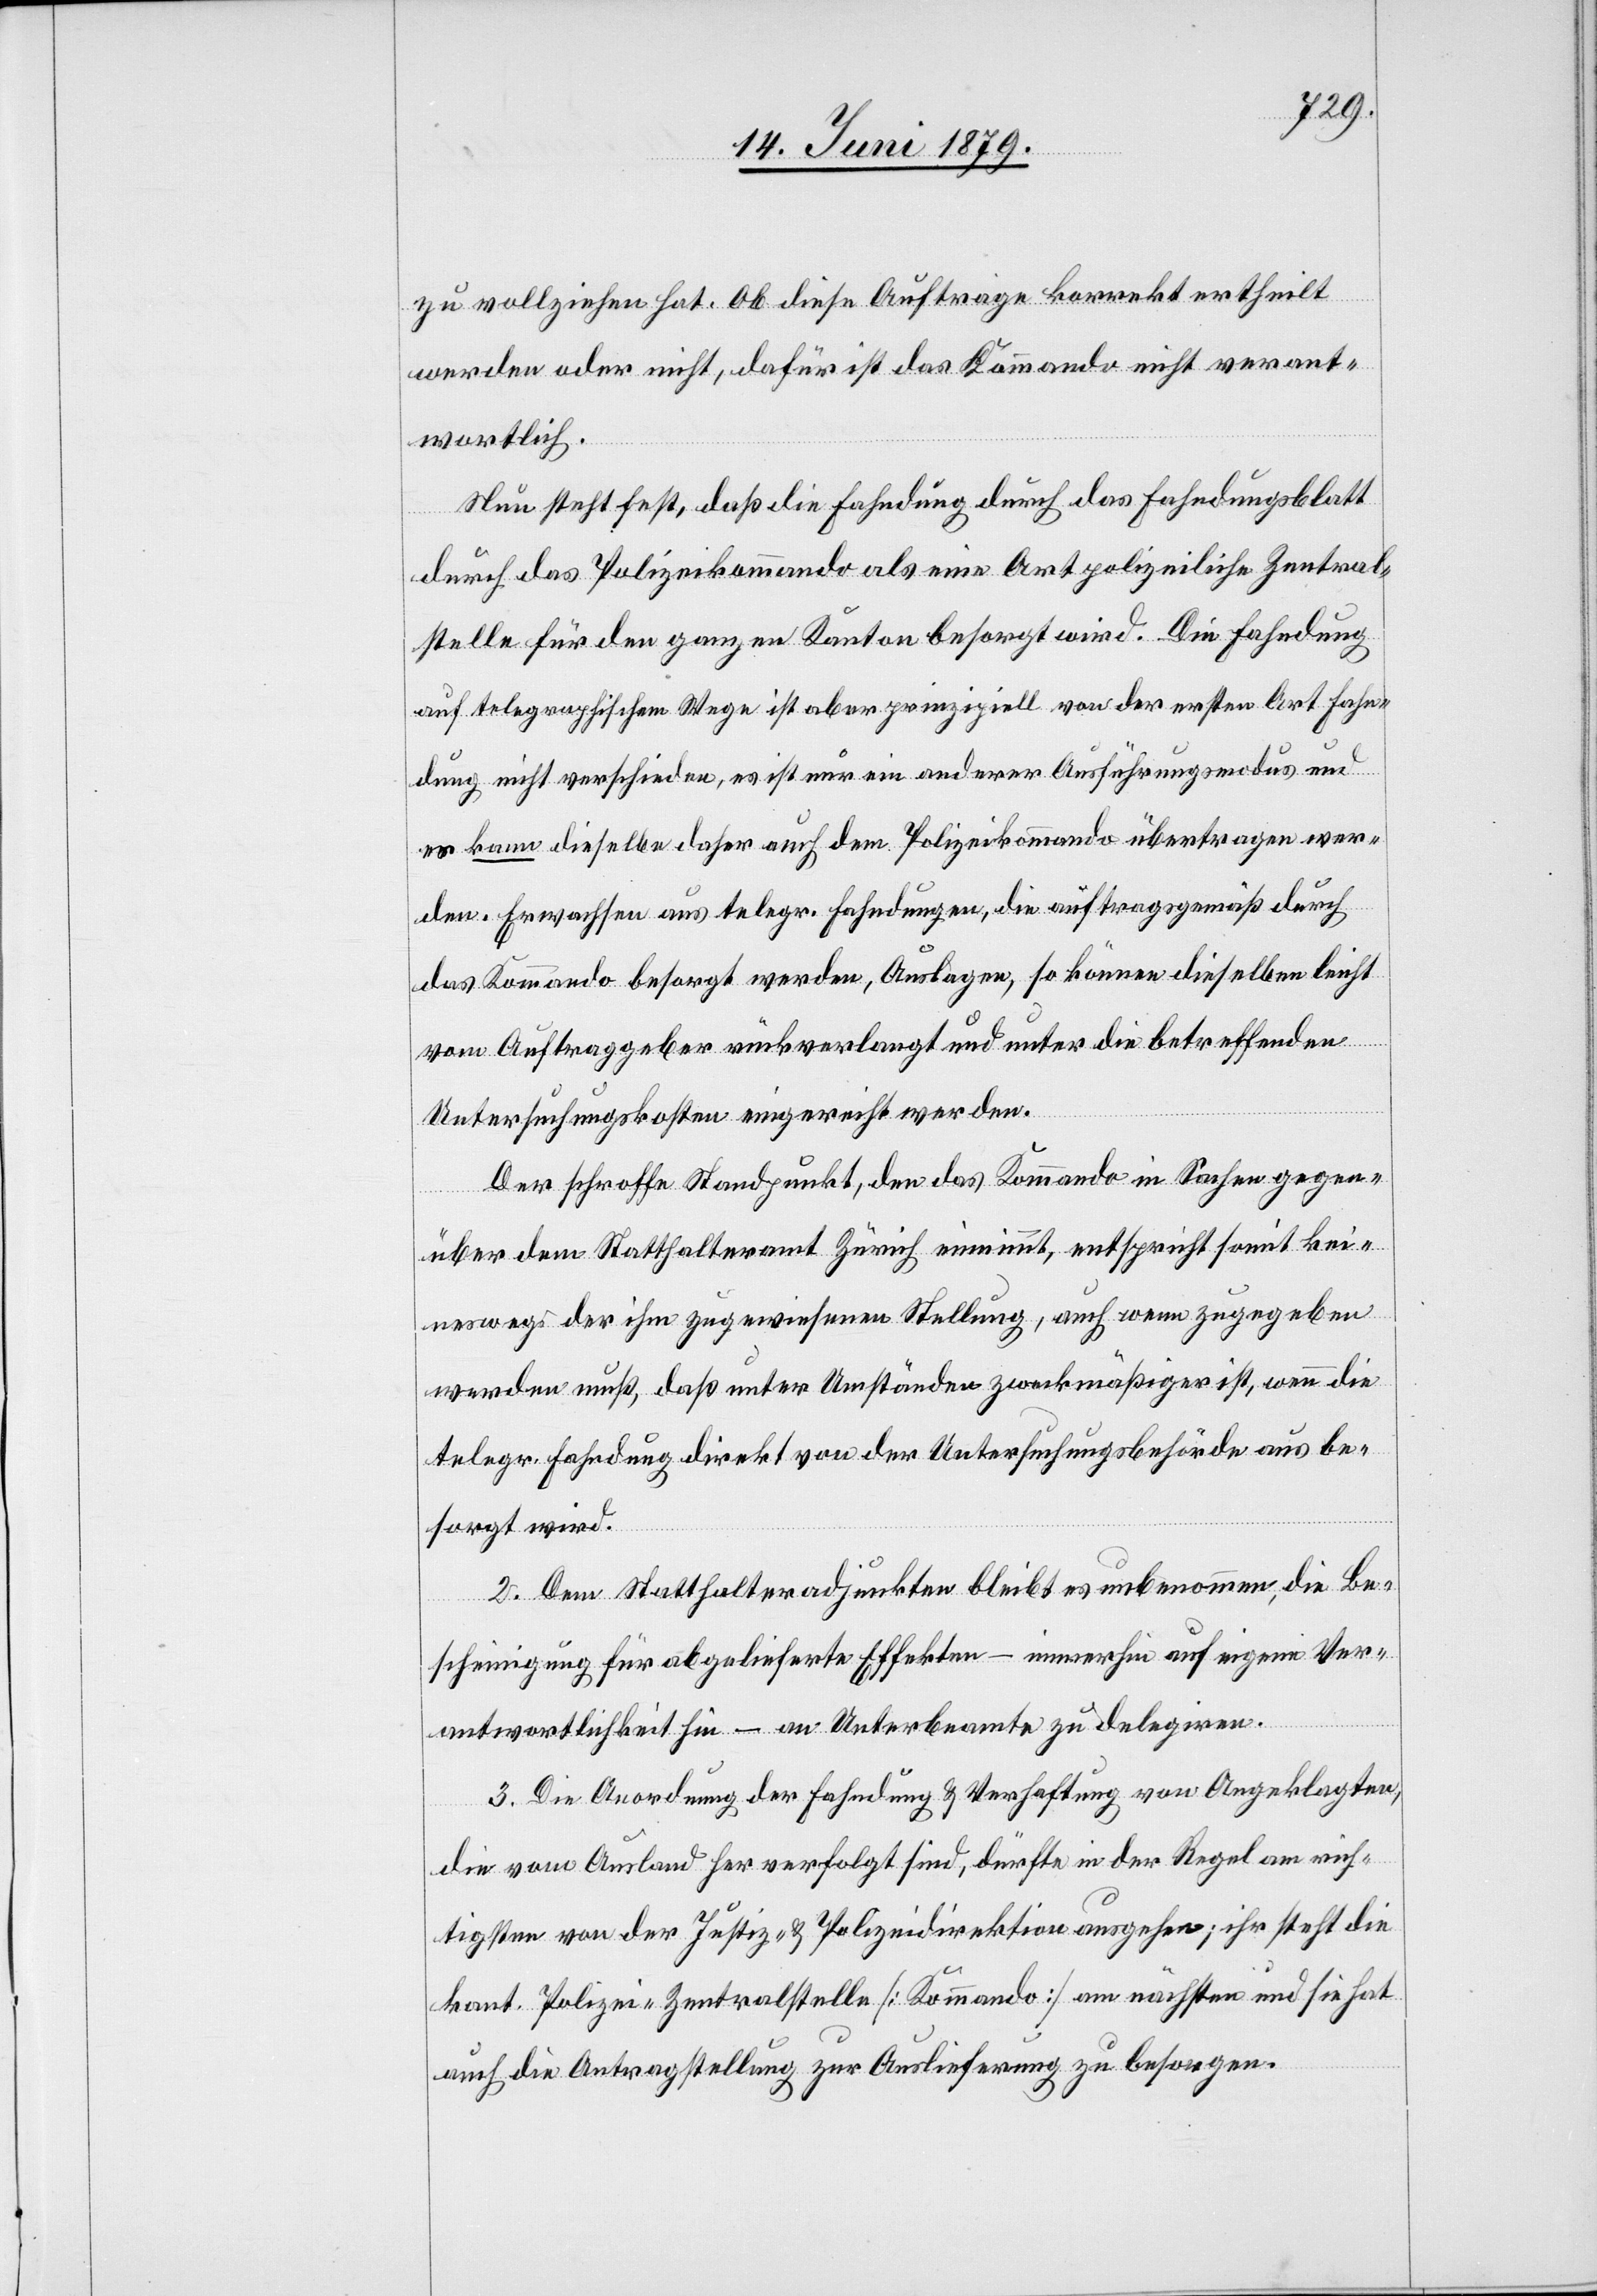
zu vollziehen hat. Ob diese Aufträge korrekt ertheilt
werden oder nicht, dafür ist das Kommando nicht verant¬
wortlich.
Nun steht fest, daß die Fahndung durch das Fahndungsblatt
durch das Polizeikommando als eine Art polizeiliche Zentral¬
stelle für den ganzen Kanton besorgt wird. Die Fahndung
auf telegraphischem Wege ist aber prinzipiell von der ersten Art Fahn¬
dung nicht verschieden, es ist nur ein anderer Ausführungsmodus und
es kann dieselbe daher auch dem Polizeikommando übertragen wer¬
den. Erwachsen aus telegr. Fahndungen, die auftragsgemäß durch
das Kommando besorgt werden, Auslagen, so können dieselben leicht
vom Auftraggeber rückverlangt und unter die betreffenden
Untersuchungskosten eingereicht werden.
Der schroffe Standpunkt, den das Kommando in Sachen gegen¬
über dem Statthalteramt Zürich einnimmt, entspricht somit kei¬
neswegs der ihm zugewiesenen Stellung, auch wenn zugegeben
werden muß, daß unter Umständen zweckmäßiger ist, wenn die
telegr. Fahndung direkt von der Untersuchungsbehörde aus be¬
sorgt wird.
2. Dem Statthalteradjunkten bleibt es unbenommen, die Be¬
scheinigung für abgelieferte Effekten – immerhin auf eigene Ver¬
antwortlichkeit hin – an Unterbeamte zu delegiren.
3. Die Anordnung der Fahndung & Verhaftung von Angeklagten,
die vom Ausland her verfolgt sind, dürfte in der Regel am rich¬
tigsten von der Justiz- & Polizeidirektion ausgehen; ihr steht die
kant. Polizei-Zentralstelle [Kommando] am nächsten und sie hat
auch die Antragstellung zur Auslieferung zu besorgen.